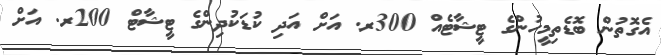
އެގޮތުން ބޮޑެތިމީހުންގެ ޓީޝާޓެއް 300ރ. އަށް އަދި ކުޑަކުދިންގެ ޓީޝާޓް 200ރ. އަށް